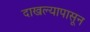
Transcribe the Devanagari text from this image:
दाखल्यापासून